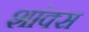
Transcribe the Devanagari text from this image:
शांक्स